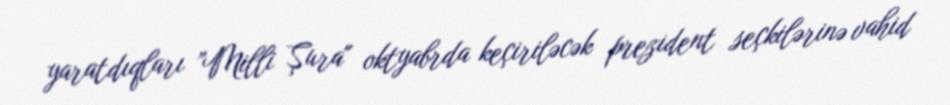
yaratdıqları ”Milli Şura" oktyabrda keçiriləcək prezident seçkilərinə vahid